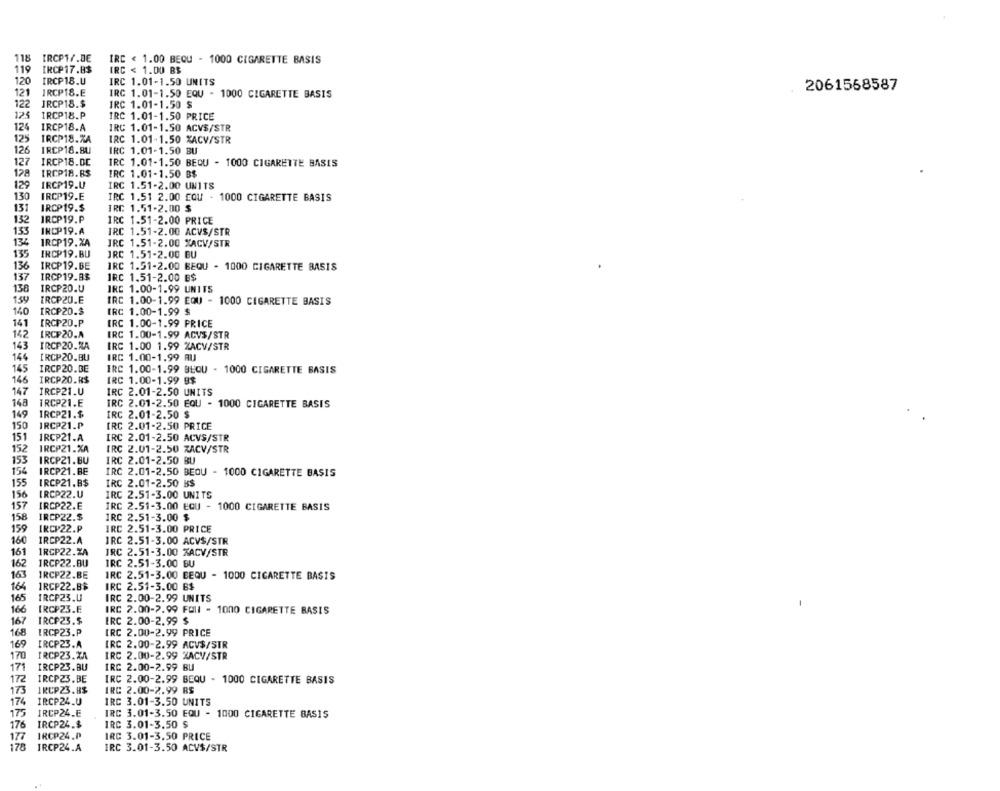
118
IRCP1/.DE
IRC < 1.00 BEQU - 1000 CIGARETTE BASIS
119
IRCP17.8$
IRC < 1.00 BS
120
IRCP18.U
IRC 1.01-1.50 UNITS
2061558587
121
IRCP18.E
IRC 1.01-1.50 EQU - 1000 CIGARETTE BASIS
122
IRCP18.$
IRC 1.01-1.50 $
125
IRCP18.P
IRC 1.01-1.50 PRICE
124
IRCP18.A
IRC 1.01-1.50 ACVS/STR
125
IRCP18.ZA
IRC 1.01-1.50 %ACV/STR
126
IRCP18.BU
IRC 1.01-1.50 BU
12
IRCP18.DC
IRC 1.01-1.50 BEQU - 1000 CIGARETTE BASIS
128
IRCP18.8$
IRC 1.01-1.50 B$
129
IRCP19.U
IRC 1.51-2.00 UNITS
130
IRCP19.E
IRC 1.51 2.00 COU - 1000 CIGARETTE BASIS
131
IRCP19.$
IRC 1.51-2.00 $
132
IRCP19.P
IRC 1.51-2.00 PRICE
153
INCP19.A
IRC 1.51-2.00 ACVS/STR
134
IRCP19.XA
IRC 1.51-2.00 %ACV/STR
135
IRCP19.BU
IRC 1.51-2.00 BU
136
IRCP19.BE
IRC 1.51-2.00 BEQU - 1000 CIGARETTE BASIS
137
IRCP19.83
IRC 1.51-2.00 B$
138
IRCP20.U
IRC 1.00-1.99 UNITS
154
IRCP20.E
IRC 1.00-1.99 EQU - 1000 CIGARETTE BASIS
140
IRCP20.3
IRC 1.00-1.99 $
141
[RCP20.P
IRC 1.00-1.99 PRICE
142
IRCP20.A
IRC 1.00-1.99 ACVS/STR
143
IRCP20.RA
IRC 1.00 1.99 %ACV/STR
146
IRCP20.BU
IRC 1.00-1.99 AU
145
IRCP20.BE
IRC 1.00-1.99 BEQU - 1000 CIGARETTE BASIS
146
IRCP20.R$
IRC 1.00-1.99 9$
147
IRCP21.U
IRC 2.01-2.50 UNITS
148
IRCP21.E
IRC 2.01-2.50 EQU - 1000 CIGARETTE BASIS
149
IRCP21.$
IRC 2.01-2.50 $
150
IRCP21.P
IRC 2.01-2.50 PRICE
151
IRCP21.A
IRC 2.01-2.50 ACVS/STR
152
IRCP21.%A
IRC 2.01-2.50 XACV/STR
153
IRCP21.BU
IRC 2.01-2.50 BU
154
IRCP21.BE
IRC 2.01-2.50 BEOU - 1000 CIGARETTE BASIS
155
IRCP21.B$
IRC 2.01-2.50 B$
156
IRCP22.U
IRC 2.51-3.00 UNITS
157
IRCP22.E
IRC 2.51-3.00 EQU - 1000 CIGARETTE BASIS
158
IRCP22.$
IRC 2.51-3.00 $
159
IRCP22.P
IRC 2.51-3.00 PRICE
160
IRCP22.A
IRC 2.51-3.00 ACV$/STR
161
1RCP22.ZA
IRC 2.51-3.00 XACV/STR
162
IRCP22.BU
IRC 2.51-3.00 BU
16.
1RCP22.BE
IRC 2.51-3.00 BEQU - 1000 CIGARETTE BASIS
164
IRCP22.8$
IRC 2.51-3.00 B$
165
IRCP23.U
IRC 2.00-2.99 UNITS
166
IRCP23.E
IRC 2.00-2.99 FOIl - 1000 CIGARETTE BASIS
167
IRCP23.5
IRC 2.00-2.99 $
168
ERCP23.P
IRC 2.00-2.99 PRICE
169
IRCP23.A
IRC 2.00-2.99 ACV$/STR
170
IRCP23.2.
IRC 2.00-2.99 %ACV/STR
17
IRCP23.BU
IRC 2.00-2.99 BU
172
IRCP23.BE
IRC 2.00-2.99 BEQU - 1000 CIGARETTE BASIS
1RCP23.8$
IRC 2.00-2.99 BS
173
174
IRCP24.U
IRC 3.01-3.50 UNITS
175
IRCP24.E
IRC 3.01-3.50 EQU - 1000 CIGARETTE BASIS
176
IRCP24.$
IRC 3.01-3.50 $
177
IRCP24.P
IRC 3.01-3.50 PRICE
178
IRCP24.A
IRC 3.01-3.50 ACVS/STR